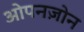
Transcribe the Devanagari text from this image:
ओपनज़ोन